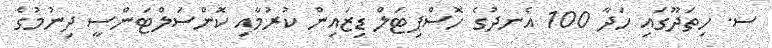
ސ. ހިތަދޫގައި ހަދާ 100 އެނދުގެ ހޮސްޕިޓަލް ޑިޒައިން ކުރުމާއި ކޮންސަލްޓަންސީ ދިނުމުގެ